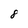
Character: 8